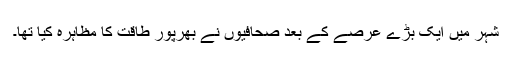
شہر میں ایک بڑے عرصے کے بعد صحافیوں نے بھرپور طاقت کا مظاہرہ کیا تھا۔